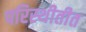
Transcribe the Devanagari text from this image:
परिस्थीतीत